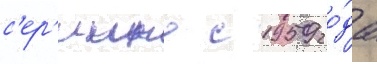
с'ер'иино с 1959 го́да